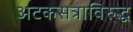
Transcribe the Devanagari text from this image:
अटकसत्राविरुद्ध